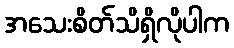
အသေးစိတ်သိရှိလိုပါက